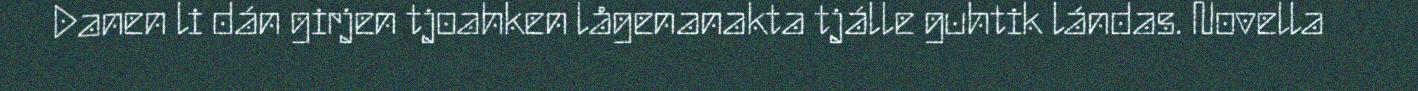
Danen li dán girjen tjoahken lågenanakta tjálle guhtik lándas. Novella